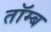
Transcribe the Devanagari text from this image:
तॉम्ब